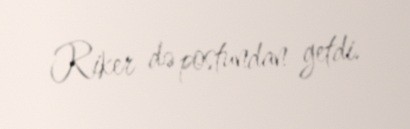
Riker də postundan getdi.